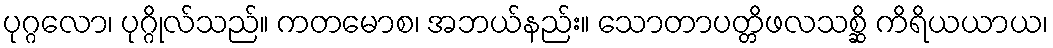
ပုဂ္ဂလော၊ ပုဂ္ဂိုလ်သည်။ ကတမောစ၊ အဘယ်နည်း။ သောတာပတ္တိဖလသစ္ဆိ ကိရိယယာယ၊